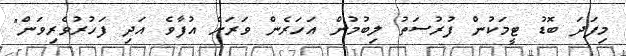
މިފަދަ ބޮޑު ޓީމަކުން ފުރުސަތު ލިބުމުން އަހަރެން ވަރަށް އުފާވެ އަދި ފަހުރުވެރިވަން"